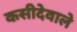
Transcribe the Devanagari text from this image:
कसीदेवाले